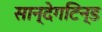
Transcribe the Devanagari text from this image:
सान्देगटिन्ड